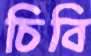
চিবি